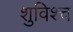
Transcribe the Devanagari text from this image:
शुविश्च